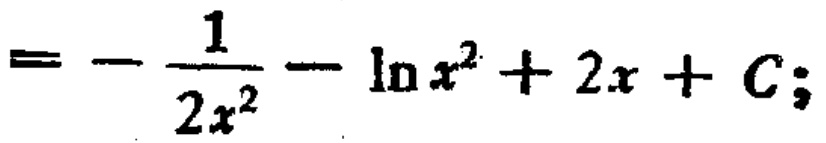
\(=-\frac{1}{2x^{2}}-\ln x^{2}+2x + C;\)